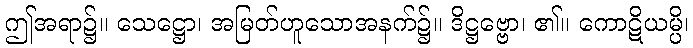
ဤအရာ၌။ သေဋ္ဌော၊ အမြတ်ဟူသောအနက်၌။ ဒိဋ္ဌဗ္ဗော၊ ၏။ ကောဋိယမ္ပိ၊